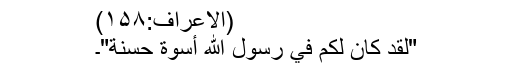
(الاعراف:۱۵۸)
"لَقَدْ كَانَ لَكُمْ فِي رَسُولِ اللَّهِ أُسْوَةٌ حَسَنَةٌ"۔